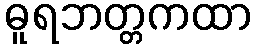
ဓူရဘတ္တကထာ